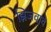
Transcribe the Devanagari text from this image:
झिजवावे